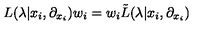
L ( \lambda | x _ { i } , \partial _ { x _ { i } } ) w _ { i } = w _ { i } { \tilde { L } } ( \lambda | x _ { i } , \partial _ { x _ { i } } )